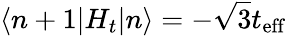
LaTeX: \langle n+1|H_{t}|n\rangle=-\sqrt{3}t_{\mathrm{eff}}